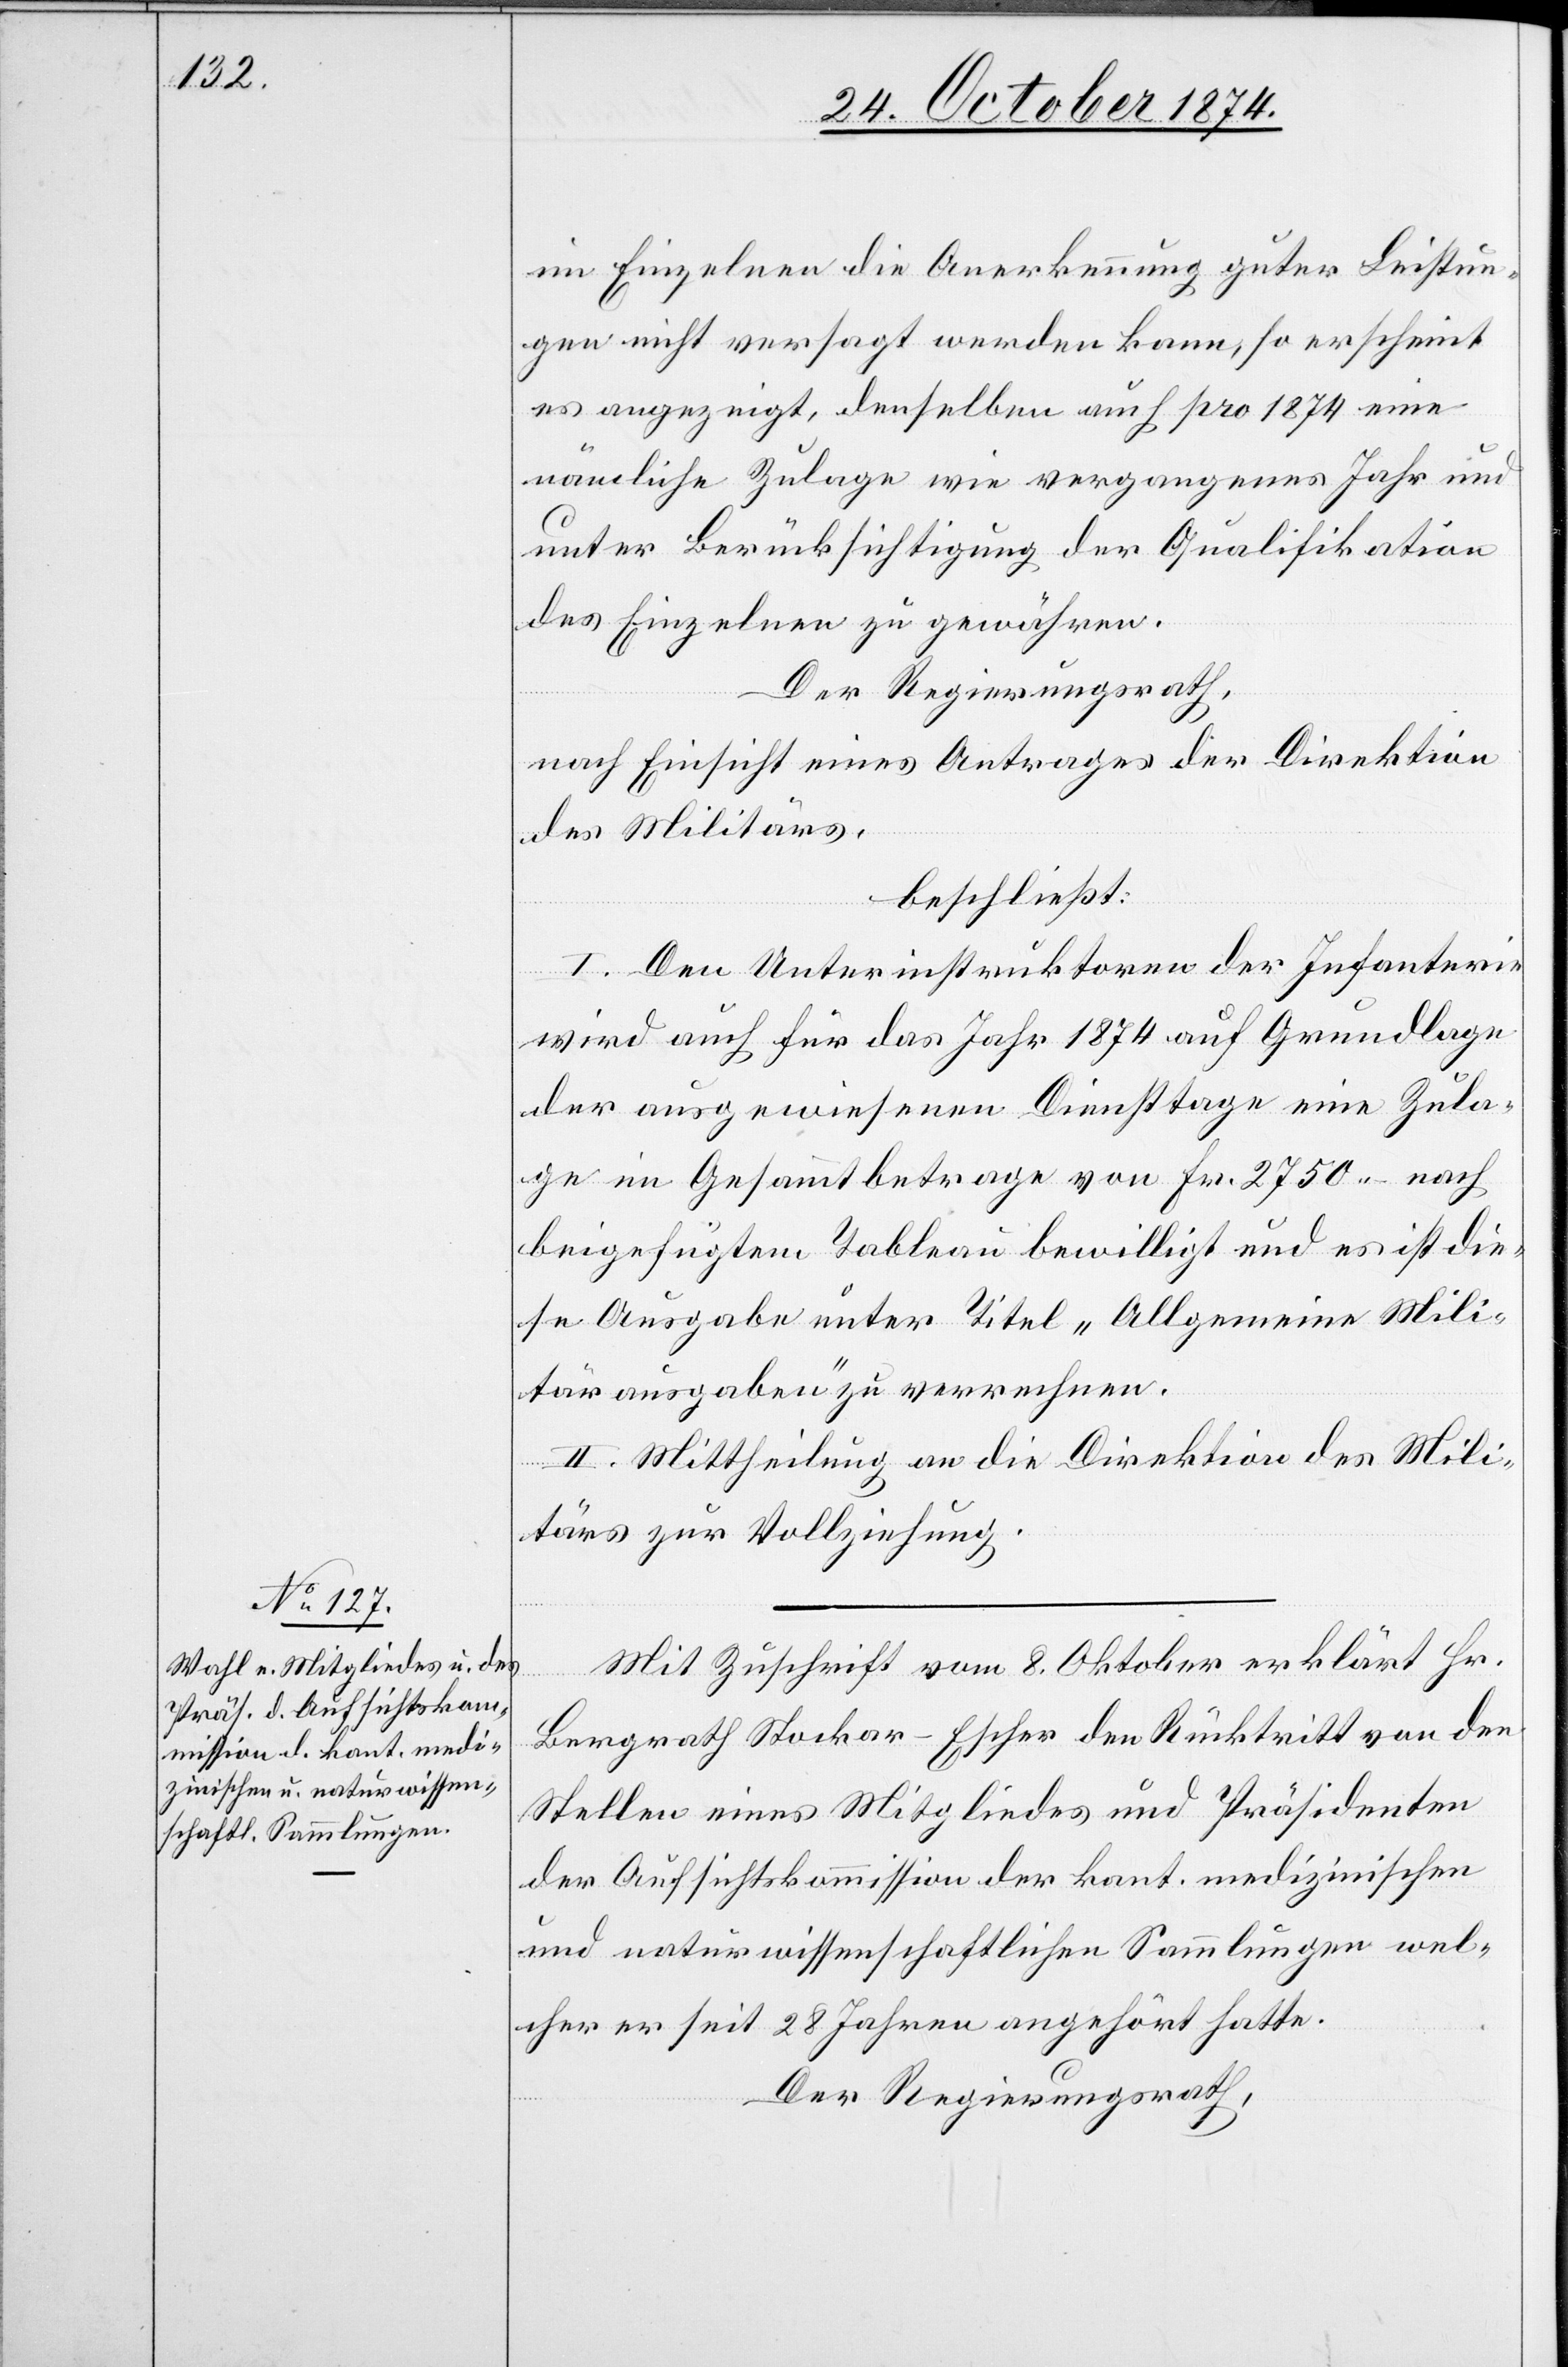
im Einzelnen die Anerkennung guter Leistun¬
gen nicht versagt werden kann, so erscheint
es angezeigt, denselben auch pro 1874 eine
nämliche Zulage wie vergangenes Jahr und
unter Berücksichtigung der Qualifikation
des Einzelnen zu gewähren.
Der Regierungsrath,
nach Einsicht eines Antrages der Direktion
des Militärs,
beschließt:
I. Den Unterinstruktoren der Infanterie
wird auch für das Jahr 1874 auf Grundlage
der ausgewiesenen Diensttage eine Zula¬
ge im Gesammtbetrage von Fr. 2750.– nach
beigefügtem Tableau bewilligt und es ist die¬
se Ausgabe unter Titel „Allgemeine Mili¬
tärausgaben“ zu verrechnen.
II. Mittheilung an die Direktion des Mili¬
tärs zur Vollziehung.
Mit Zuschrift vom 8. Oktober erklärt Hr.
Bergrath Stocker-Escher den Rücktritt von den
Stellen eines Mitgliedes und Präsidenten
der Aufsichtskommission der kant. medizinischen
und naturwissenschaftlichen Sammlungen wel¬
cher er seit 28 Jahren angehört hatte.
Der Regierungsrath,